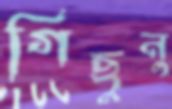
গিছুনু